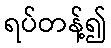
ရပ်တန့်၍